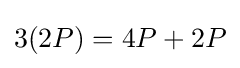
3(2P)=4P+2P